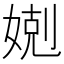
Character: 𡞢